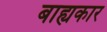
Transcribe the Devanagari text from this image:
बाह्यकार